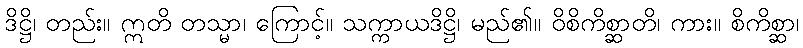
ဒိဋ္ဌိ၊ တည်း။ ဣတိ တသ္မာ၊ ကြောင့်။ သက္ကာယဒိဋ္ဌိ၊ မည်၏။ ဝိစိကိစ္ဆာတိ၊ ကား။ စိကိစ္ဆာ၊